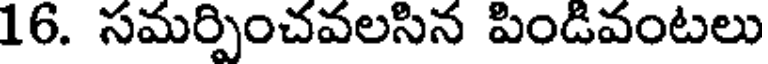
16. సమర్పించవలసిన పిండివంటలు